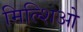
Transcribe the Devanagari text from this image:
मिल्शिओ